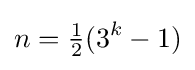
n={\tfrac {1}{2}}(3^{k}-1)